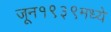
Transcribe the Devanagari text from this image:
जून१९३९मध्ये